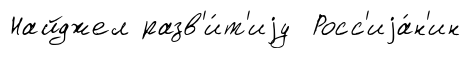
Найджел разв'и́т'иjу Росс'иjа́н'ин